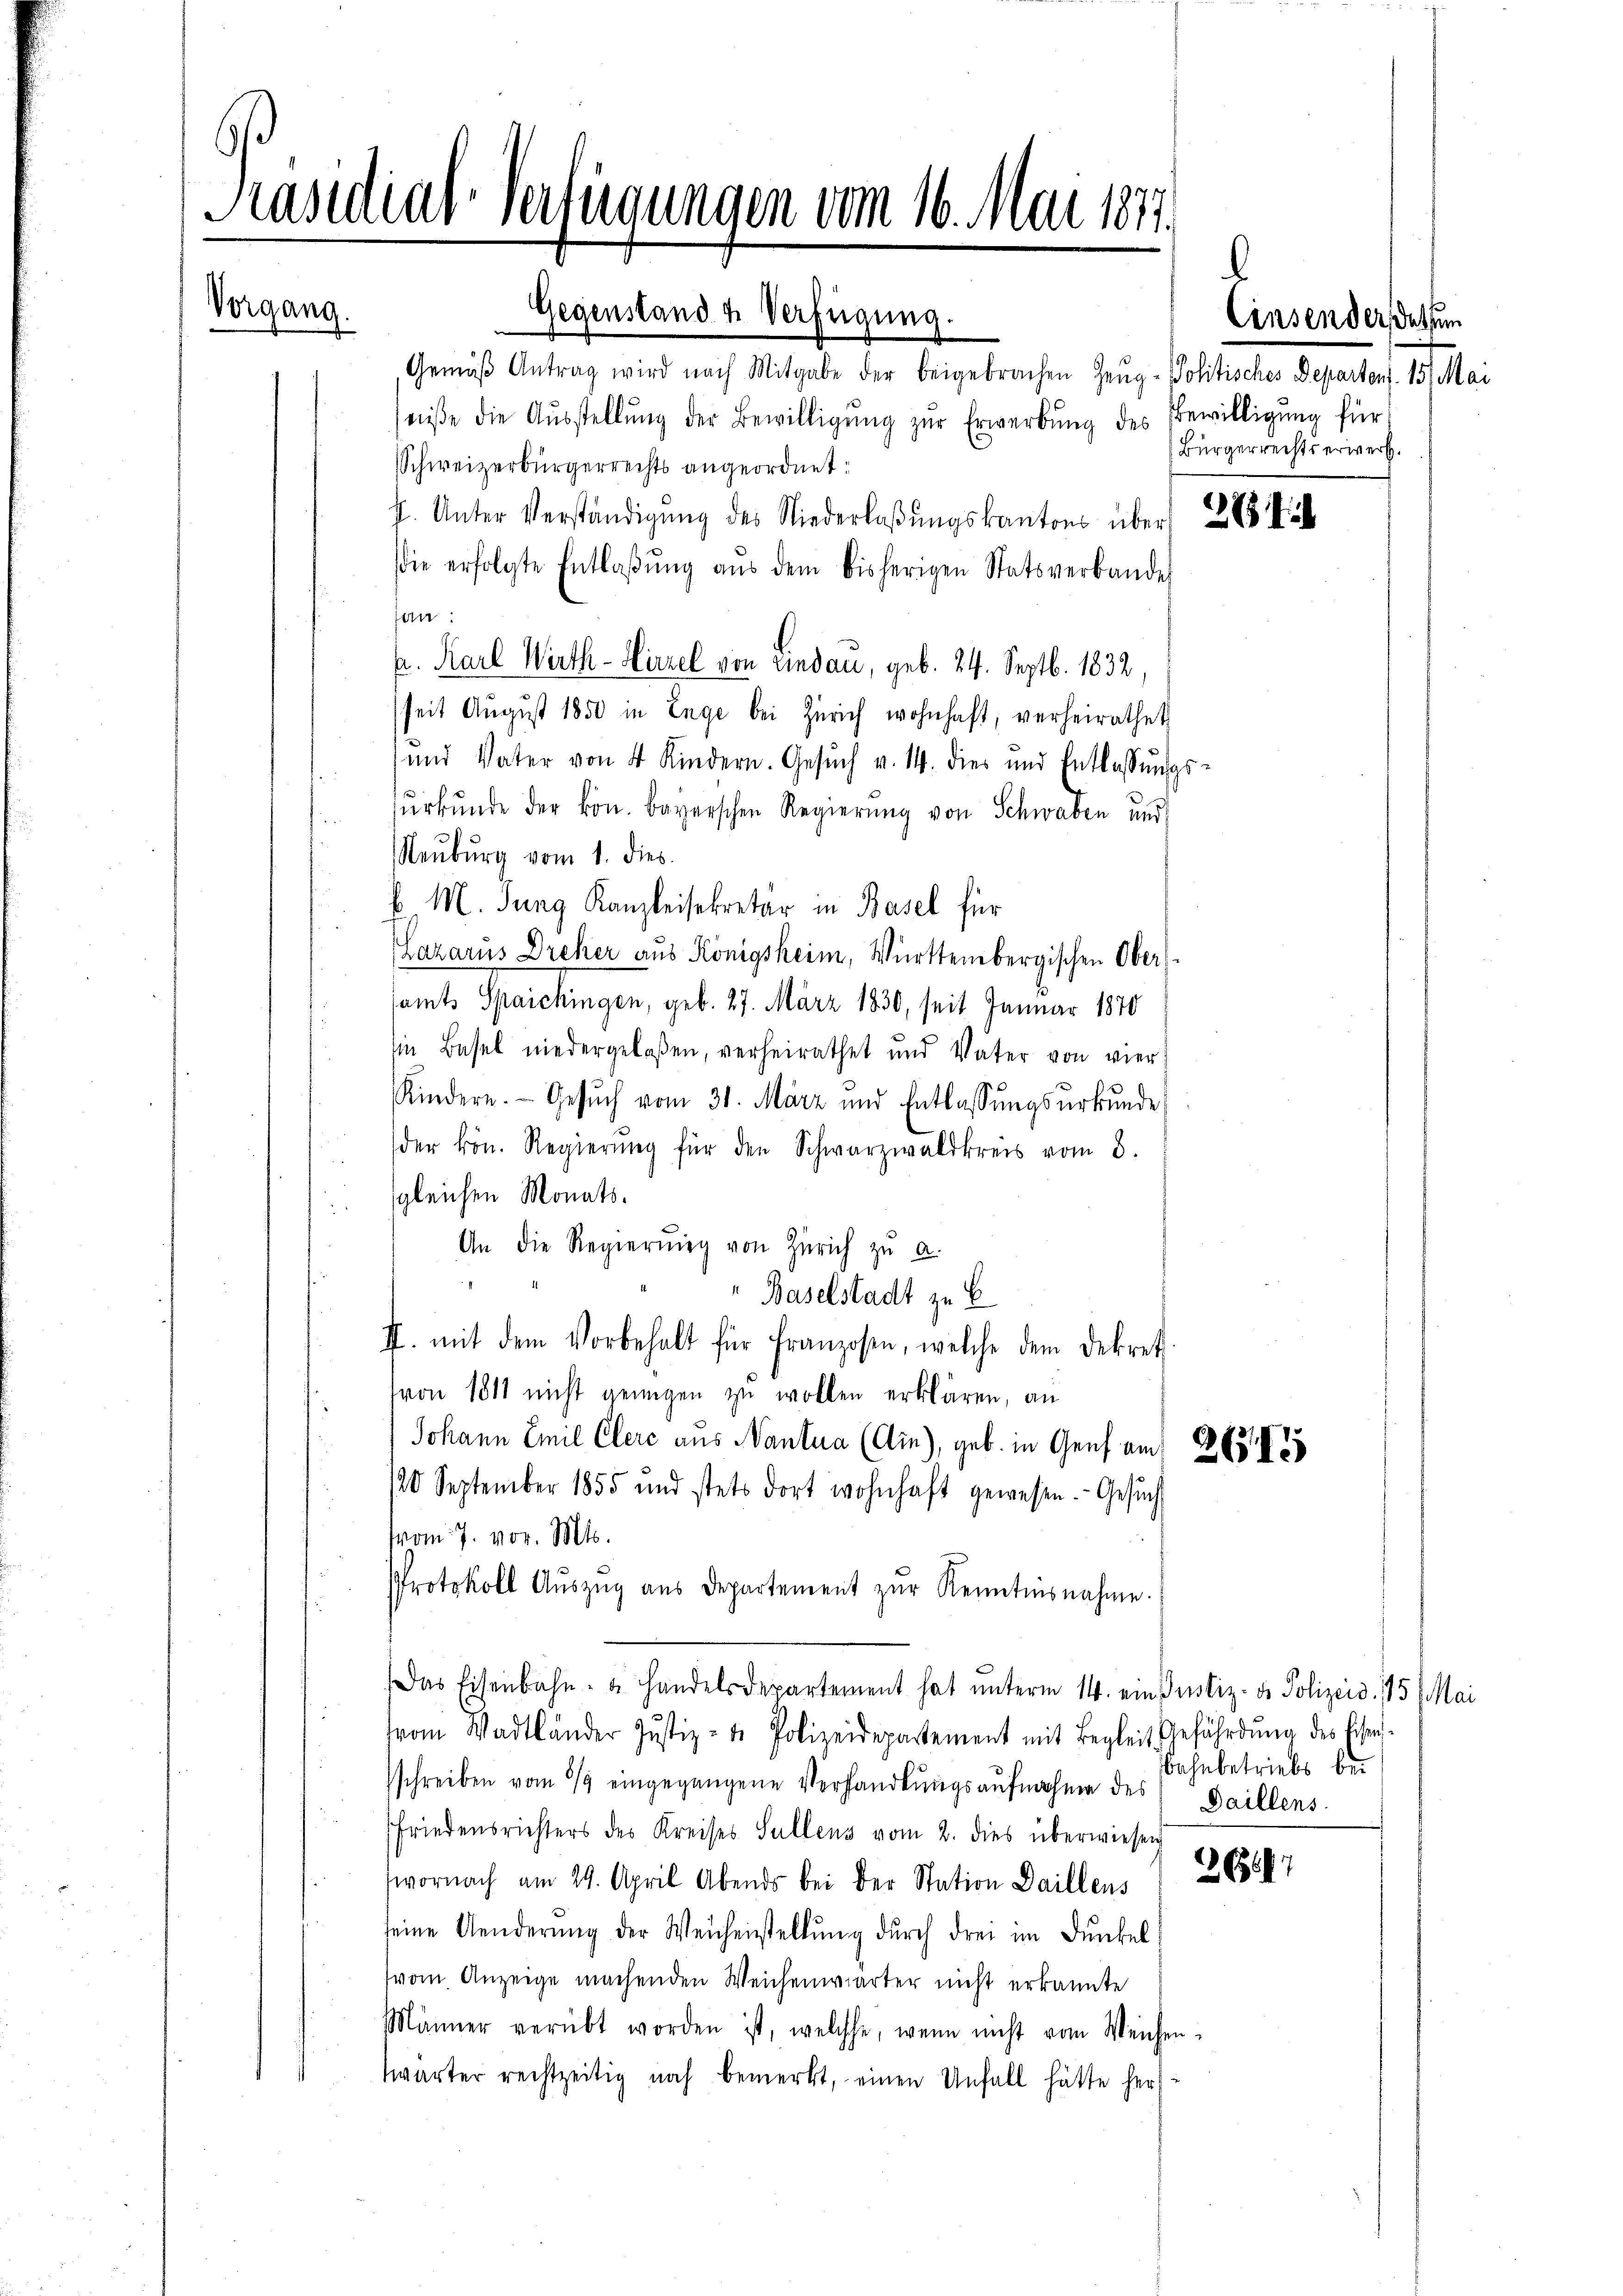
Präsidial-Verfügungen vom 16. Mai 1871.

Gemäß Antrag wird nach Mitgabe der beigebrachen Zeug- Politisches Departens. 15. Mai
niße die Aŭsstellŭng der Bewilligŭng zŭr Erwerbŭng des Bewilligung für
Schweizerbürgerrechts angeordnet:
h. Unter Verständigŭng des Niederlaβŭngskantons über
die erfolgte Entlaβŭng aŭs dem bisherigen Statsverbandes
san:
kr. Karl Wirth - Hirzel von Lindau, geb. 24. Septb. 1832,
(seit August 1850 in Enge bei Zürich wohnhaft, verheirathet
und Vater von 4 Kindern. Gesŭch v. 14. dies und Entlassŭngs-
ŭrkŭnde der kön. bayerschen Regierŭng von Schwaben und
Neuburg vom 1. dies
 M. Jung Kanzleisekretär in Basel für
Lazarus Dreher aus Königsheim, Württembergischen Obers
amts Spaichingen, geb. 27. März 1830, seit Januar 1870
in Basel niedergelaßen, verheirathet und Vater von vier
Kindern. Gesŭch vom 31. März und Entlassŭngsŭrkŭnde
der kön. Regierŭng für den Schwarzwaldkreis vom 8.
 gleichen Monats¬
An die Regierŭng von Zürich zu a.
Baselstadt zu E
II. mit dem Vorbehalt für Franzosen, welche dem Dekret
von 1811 nicht genügen zu wollen erklären, an
Johann Emil Clere aus Nantua (Ain), geb. in Genf am 263.
/20 September 1855 und stets dort wohnhaft gewesen. Gesŭch
vom 7. vor. Mts.
Protokoll Auszug aus Departement zur Kenntnisnahme.
Das Eisenbahn- & Handelsdepartement hat unterm 14. ein Justiz- & Polizeid. 175 (Mai
(von Wadtländer Justiz- & Polizeidepartement mit Begleit Geführdŭng des Eisen-
sschreiben vom 3/9 eingegangene Verhandlŭngsaufnahme des Gaillens.
Friedensrichters des Kreises Sullens vom 2. dies überwiesen
wornach am 29. April Abends bei der Station Daillens
seine Aenderŭng der Weichenstellŭng dŭrch drei im Dunkel
(vom Anzeige machenden Weichenwärter nicht erkannte
Männer verübt worden ist, welche, wenn nicht vom Weichen-
wärter rechtzeitig noch bemerkt, einen Unfall hätte herz

Vorgang.

Gegenstand u. Verfügung.

Cinsender dessun
Bürgerrechtserwerb.

Bahnbetriebs bei

22 (17